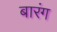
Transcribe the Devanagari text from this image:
बारंग